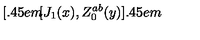
[ \kern - 0 . 4 5 e m \llap [ J _ { 1 } ( x ) , Z _ { 0 } ^ { a b } ( y ) ] \kern - 0 . 4 5 e m \llap ~